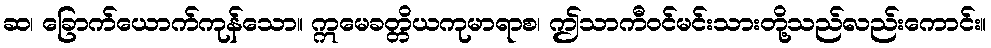
ဆ၊ ခြောက်ယောက်ကုန်သော။ ဣမေခတ္တိယကုမာရာစ၊ ဤသာကီဝင်မင်းသားတို့သည်လည်းကောင်း။